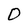
Character: 0